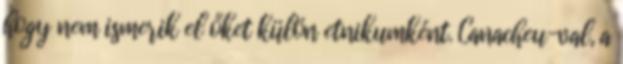
hogy nem ismerik el őket külön etnikumként. Canacheu-val, a